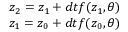
\begin{array} { r } { z _ { 2 } = z _ { 1 } + d t f ( z _ { 1 } , \theta ) } \\ { z _ { 1 } = z _ { 0 } + d t f ( z _ { 0 } , \theta ) } \end{array}